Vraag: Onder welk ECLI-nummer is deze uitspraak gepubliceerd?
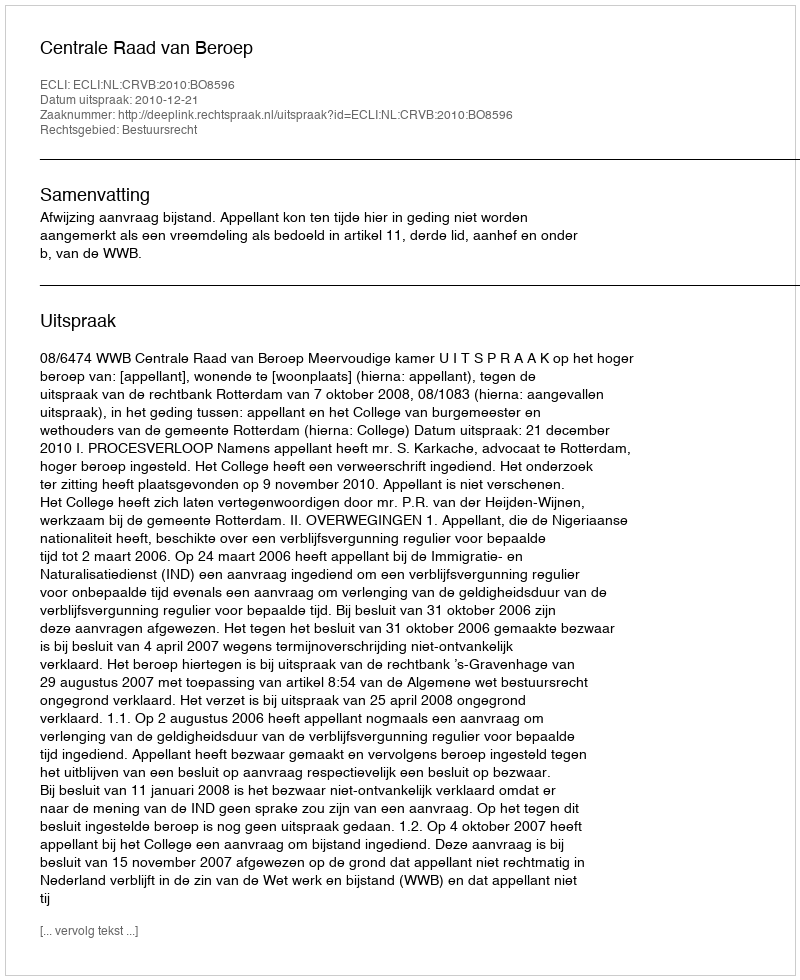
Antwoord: ECLI:NL:CRVB:2010:BO8596